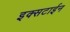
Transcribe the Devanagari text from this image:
इक्सटाईन